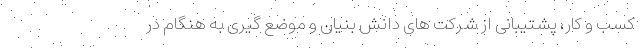
کسب و کار، پشتیبانی از شرکت های دانش بنیان و موضع گیری به هنگام در